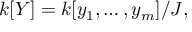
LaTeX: k [ Y ] = k [ y _ { 1 } , \dots , y _ { m } ] / J ,